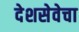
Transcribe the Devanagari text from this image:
देशसेवेचा